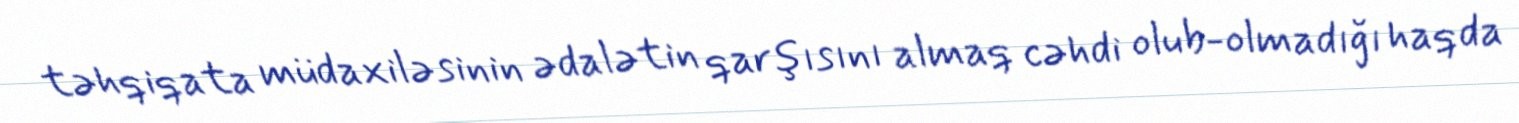
təhqiqata müdaxiləsinin ədalətin qarşısını almaq cəhdi olub-olmadığı haqda